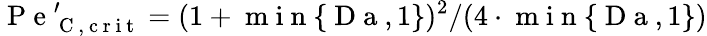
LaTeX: \mathrm{~P~e~}_{\mathrm{~C~,~c~r~i~t~}}^{\prime}=(1+\mathrm{~m~i~n~}\{ \mathrm{~D~a~},1\} )^{2}/(4\cdot\mathrm{~m~i~n~}\{ \mathrm{~D~a~},1\} )